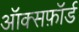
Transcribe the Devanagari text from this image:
ऑक्सफ़ॉर्ड